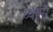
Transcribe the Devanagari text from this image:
ध्वंयस